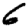
Digit: 6